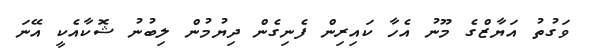
ވަގުތު އަޔާޒްގެ މޫނު އެހާ ކައިރިން ފެނިގެން ދިޔުމުން ލިބުނު ޝޮކާއެކީ އޭނަ